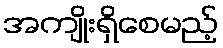
အကျိုးရှိစေမည့်